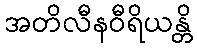
အတိလီနဝီရိယန္တိ